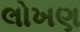
લોખણ